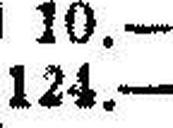
124.—